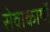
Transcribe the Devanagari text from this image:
सेवाकार्यो